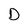
Character: D